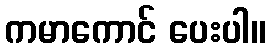
ကမာကောင် ပေးပါ။